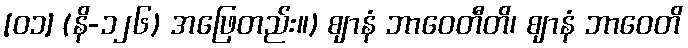
[၀၁] (နိ-၁၂၆) အဖြေတည်း။) ဈာနံ ဘာဝေတီတိ၊ ဈာနံ ဘာဝေတိ